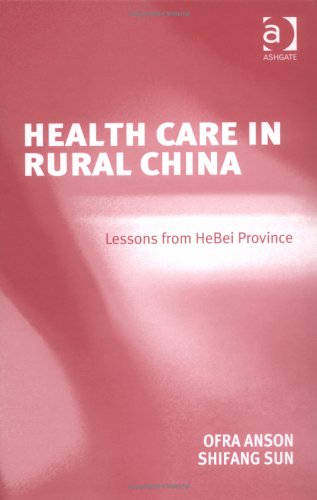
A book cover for Healthcare In Rural China: Lessons From HeBei Province; Ofra Anson; Medical Books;